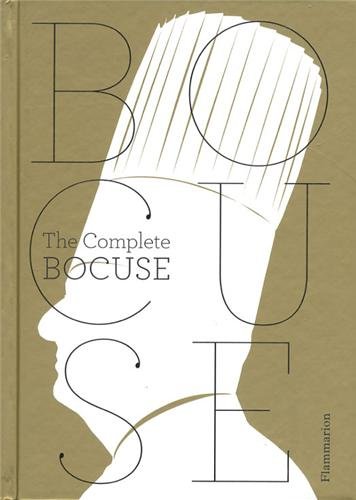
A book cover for Paul Bocuse: The Complete Recipes; Paul Bocuse; Cookbooks, Food & Wine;